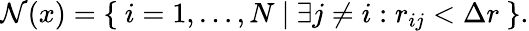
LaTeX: \begin{array}{r}{\mathcal{N}(x)=\left\{ ~i=1,\dots,N~|~\exists j\neq i:r_{ij}<\Delta r~\right\} .}\end{array}